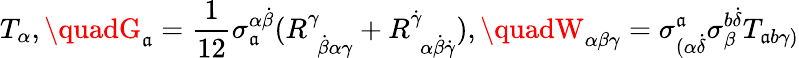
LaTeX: T_{\alpha},\quadG_{\mathfrak{a}}=\frac{{1}}{{12}}\sigma_{\mathfrak{a}}^{\alpha\dot{{\beta}}}(R_{\, \, \dot{{\beta}}\alpha\gamma}^{\gamma}+R_{\, \, \alpha\dot{{\beta}}\dot{{\gamma}}}^{\dot{{\gamma}}}),\quadW_{\alpha\beta\gamma}=\sigma_{(\alpha\dot{{\delta}}}^{\mathfrak{a}}\sigma_{\beta}^{b\dot{{\delta}}}T_{\mathfrak{a}b\gamma)}